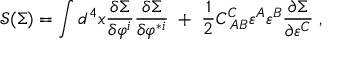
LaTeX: \mathcal { S ( } \Sigma \mathcal { ) = } \int d ^ { 4 } x \frac { \delta \Sigma } { \delta \varphi ^ { i } } \frac { \delta \Sigma } { \delta \varphi ^ { * i } } \; + \; \frac 1 2 C _ { \; A B } ^ { C } \varepsilon ^ { A } \varepsilon ^ { B } \frac { \partial \Sigma } { \partial \varepsilon ^ { C } } \; ,